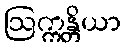
ဩက္ကန္တိယာ